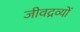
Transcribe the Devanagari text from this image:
जीवद्रव्यों